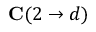
\mathbf { C } ( 2 \to d )